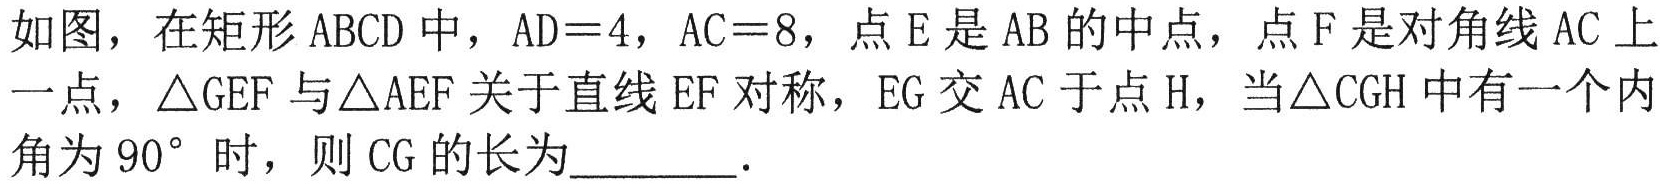
如图，在矩形\(ABCD\)中，\(AD = 4\)，\(AC = 8\)，点\(E\)是\(AB\)的中点，点\(F\)是对角线\(AC\)上一点，\(\triangle GEF\)与\(\triangle AEF\)关于直线\(EF\)对称，\(EG\)交\(AC\)于点\(H\)，当\(\triangle CGH\)中有一个内角为\(90^{\circ}\)时，则\(CG\)的长为________．